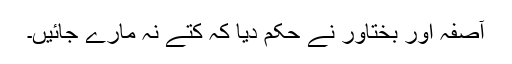
آصفہ اور بختاور نے حکم دیا کہ کتے نہ مارے جائیں۔